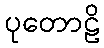
ပုတောဠိ